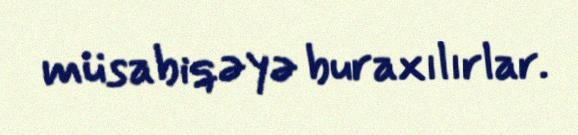
müsabiqəyə buraxılırlar.